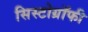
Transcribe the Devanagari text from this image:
सिस्टोग्रॉफी